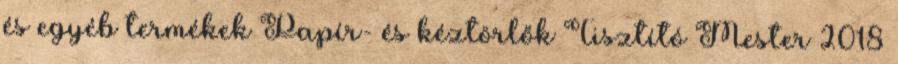
és egyéb termékek Papír- és kéztörlők Tisztító Mester 2018